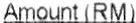
AMOUNT (RM)